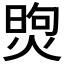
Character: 𤋗